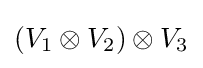
(V_{1}\otimes V_{2})\otimes V_{3}